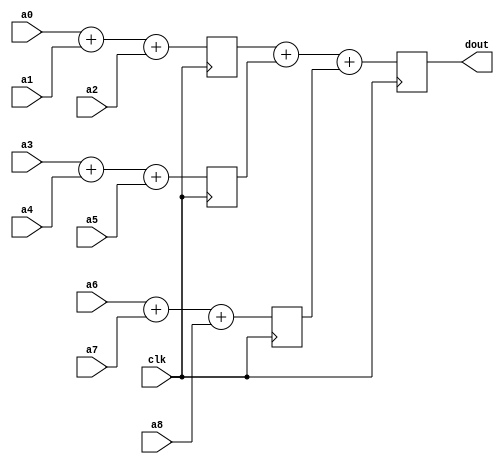
module cal_adder_9INT8(
    input clk,
    input signed[15:0]a0,
    input signed[15:0]a1,
    input signed[15:0]a2,
    input signed[15:0]a3,
    input signed[15:0]a4,
    input signed[15:0]a5,
    input signed[15:0]a6,
    input signed[15:0]a7,
    input signed[15:0]a8,
    output signed[17:0]dout   
);
    wire signed [17:0]a0_d1;
	wire signed [17:0]a1_d1;
	wire signed [17:0]a2_d1;
	wire signed [17:0]a3_d1;
	wire signed [17:0]a4_d1;
	wire signed [17:0]a5_d1;
	wire signed [17:0]a6_d1;
	wire signed [17:0]a7_d1;
	wire signed [17:0]a8_d1;

    reg signed [17:0]b0_d2;
	reg signed [17:0]b1_d2;
	reg signed [17:0]b2_d2;


    reg [17:0]dout_r;

    assign dout=dout_r;
    assign a0_d1={a0[15],a0[15],a0[15:0]};
    assign a1_d1={a1[15],a1[15],a1[15:0]};
    assign a2_d1={a2[15],a2[15],a2[15:0]};
    assign a3_d1={a3[15],a3[15],a3[15:0]};
    assign a4_d1={a4[15],a4[15],a4[15:0]};
    assign a5_d1={a5[15],a5[15],a5[15:0]};
    assign a6_d1={a6[15],a6[15],a6[15:0]};
    assign a7_d1={a7[15],a7[15],a7[15:0]};
    assign a8_d1={a8[15],a8[15],a8[15:0]};
    
    always@(posedge clk)begin
        b0_d2<=a0_d1+a1_d1+a2_d1;
        b1_d2<=a3_d1+a4_d1+a5_d1;
        b2_d2<=a6_d1+a7_d1+a8_d1;
        dout_r<=b0_d2+b1_d2+b2_d2;
    end




endmodule